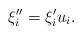
LaTeX: \begin{align*}\xi''_i = \xi'_iu_i.\end{align*}